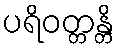
ပရိဝတ္တန္တိ